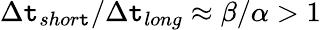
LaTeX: \Delta\mathtt{t}_{shor\mathtt{t}}/\Delta\mathtt{t}_{long}\approx\beta/\alpha>1